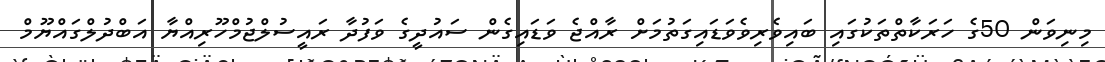
މިނިވަން 50ގެ ހަރަކާތްތަކުގައި ބައިވެރިވެވަޑައިގަތުމަށް ރާއްޖެ ވަޑައިގެން ސައުދީގެ ވަފުދާ ރައީސުލްޖުމްހޫރިއްޔާ އަބްދުލްގައްޔޫމް